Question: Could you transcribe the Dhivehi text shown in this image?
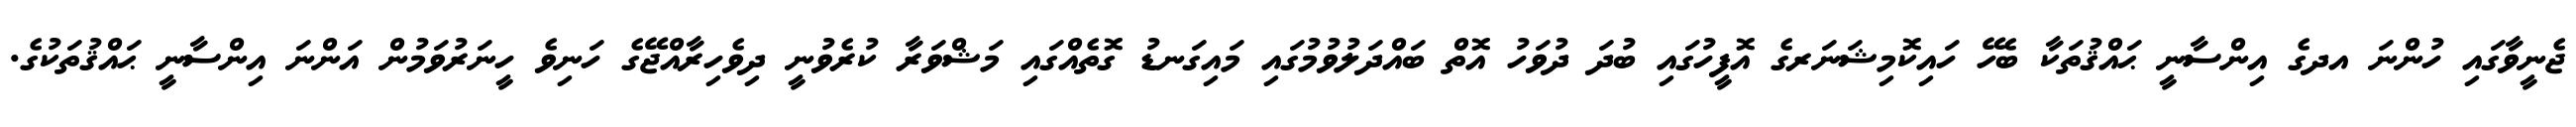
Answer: ޖެނީވާގައި ހުންނަ އދގެ އިންސާނީ ޙައްޤުތަކާ ބެހޭ ހައިކޮމިޝަނަރގެ އޮފީހުގައި ބުދަ ދުވަހު އޮތް ބައްދަލުވުމުގައި މައިގަނޑު ގޮތެއްގައި މަޝްވަރާ ކުރެވުނީ ދިވެހިރާއްޖޭގެ ހަނިވެ ހީނަރުވަމުން އަންނަ އިންސާނީ ޙައްޤުތަކުގެ.